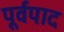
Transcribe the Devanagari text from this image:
पूर्वपाद